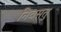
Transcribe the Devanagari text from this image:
निवसतु